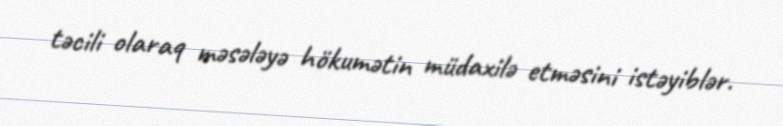
təcili olaraq məsələyə hökumətin müdaxilə etməsini istəyiblər.